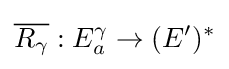
{\overline {R_{\gamma }}}:E_{a}^{\gamma }\to (E')^{*}